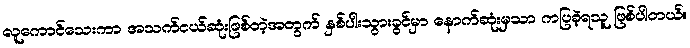
လူကောင်သေးကာ အသက်ငယ်ဆုံးဖြစ်တဲ့အတွက် နှစ်ပါးသွားခွင်မှာ နောက်ဆုံးမှသာ ကပြခဲ့ရသူ ဖြစ်ပါတယ်။